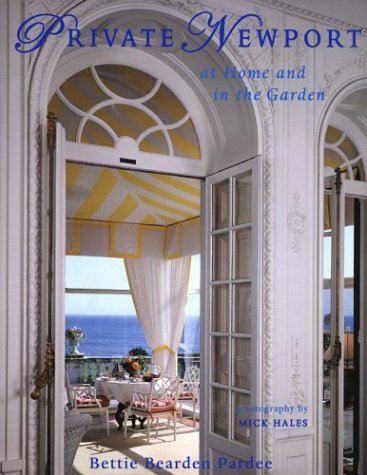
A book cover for Private Newport: At Home and In the Garden; Bettie Bearden Pardee; Travel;